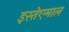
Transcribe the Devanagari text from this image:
इस्तेएमाल